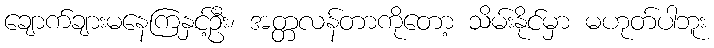
ချောက်ချားမနေကြနှင့်ဦး၊ အတ္တလန်တာကိုတော့ သိမ်းနိုင်မှာ မဟုတ်ပါဘူး